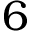
6